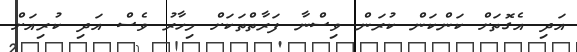
އަދި އެގޮތަށް ކަންކަން ކުރަން ވިސްނާ ފަރާތްތަކަށް މިހާރު ވެސް އަދި ކުރިއަށް